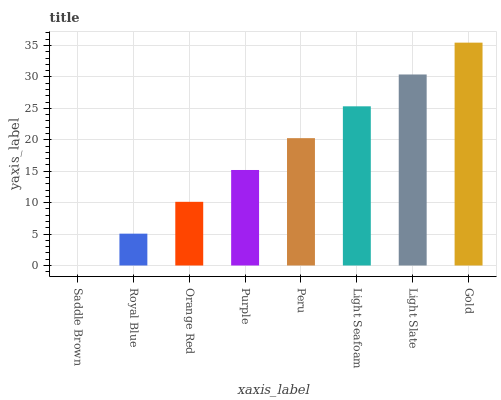
| xaxis_label | bars |
 | --- | --- |
 | Saddle Brown | 0 |
 | Royal Blue | 5.06 |
 | Orange Red | 10.1 |
 | Purple | 15.2 |
 | Peru | 20.3 |
 | Light Seafoam | 25.3 |
 | Light Slate | 30.4 |
 | Gold | 35.5 |